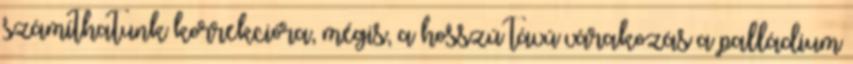
számíthatunk korrekcióra, mégis, a hosszú távú várakozás a palládium